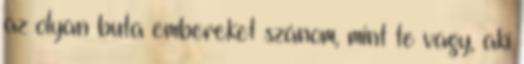
az olyan buta embereket szánom, mint te vagy, aki